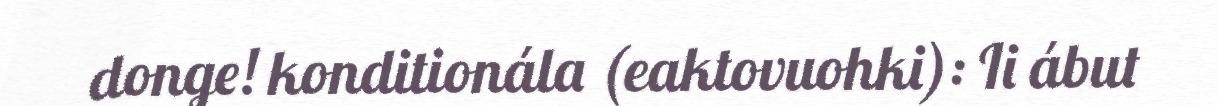
donge! konditionála (eaktovuohki): Ii ábut